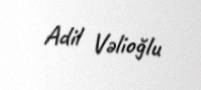
Adil Vəlioğlu